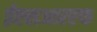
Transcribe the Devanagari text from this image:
ईएसआरएफ